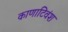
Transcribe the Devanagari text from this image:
काणाटिवंश